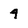
Character: 4